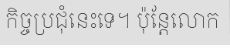
កិច្ចប្រជុំនេះទេ។ ប៉ុន្តែលោក